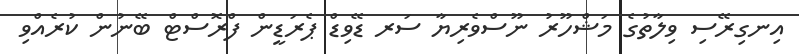
އިނގިރޭސި ވިލާތުގެ މަޝްހޫރު ނޫސްވެރިޔާ ސަރ ޑޭވިޑް ޕެރަޑީން ފްރޮސްޓް ބޭނުން ކުރެއްވި